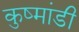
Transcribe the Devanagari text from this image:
कुष्मांडी